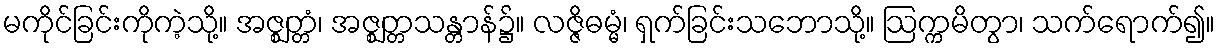
မကိုင်ခြင်းကိုကဲ့သို့။ အဇ္ဈတ္တံ၊ အဇ္ဈတ္တသန္တာန်၌။ လဇ္ဇိဓမ္မံ၊ ရှက်ခြင်းသဘောသို့။ ဩက္ကမိတွာ၊ သက်ရောက်၍။